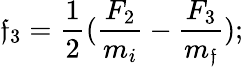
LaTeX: \mathfrak{f}_{3}={\frac{{1}}{{2}}}({\frac{{F_{2}}}{{m_{i}}}}-{\frac{{F_{3}}}{{m_{\mathfrak{f}}}}});